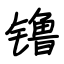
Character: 镥